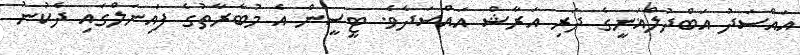
އައްސަދު އަބްދުލްޣަނީގެ ދަރި އަރާޝް އައްސަދެވެ. ޓީސީން އެ މުބާރާތުގެ ފައިނަލްގައި ދެކުނު